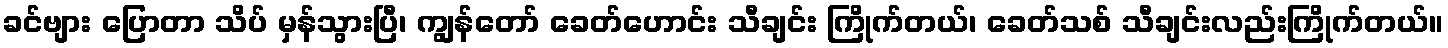
ခင်ဗျား ပြောတာ သိပ် မှန်သွားပြီ၊ ကျွန်တော် ခေတ်ဟောင်း သီချင်း ကြိုက်တယ်၊ ခေတ်သစ် သီချင်းလည်းကြိုက်တယ်။